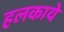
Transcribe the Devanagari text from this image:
हलकाये